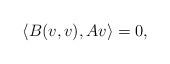
LaTeX: \begin{align*} \langle B(v,v),Av\rangle =0,\end{align*}